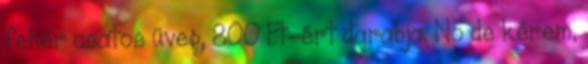
fehér csatos üveg, 800 Ft-ért darabja. No de kérem,